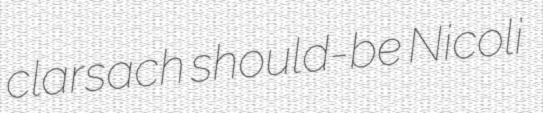
clarsach should-be Nicoli